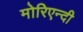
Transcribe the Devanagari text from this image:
मोरिएन्दी